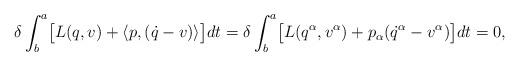
LaTeX: \begin{align*}\delta\int^a_b \bigl[ L(q,v)+\langle p, ({\dot q}-v)\rangle \bigr]dt= \delta\int^a_b \bigl[ L(q^\alpha,v^\alpha)+p_\alpha({\dot q}^\alpha-v^\alpha) \bigr]dt=0,\end{align*}